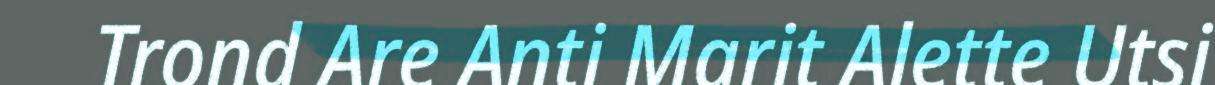
Trond Are Anti Marit Alette Utsi